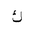
Letter: _kaf